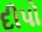
દીપો